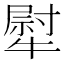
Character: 犚